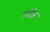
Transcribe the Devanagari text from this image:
लंदेस